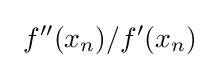
\ f''(x_{n})/f'(x_{n})\